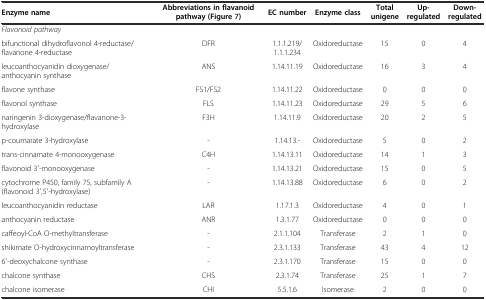
| Enzyme name | Abbreviations in flavanoid pathway (Figure7) | EC number | Enzyme class | Total unigene | Up-regulated | Down-regulated |
 | --- | --- | --- | --- | --- | --- | --- |
 | Flavonoid pathway |  |  |  |  |  |  |
 | bifunctional dihydroflavonol 4-reductase/flavanone 4-reductase | DFR | 1.1.1.219/ 1.1.1.234 | Oxidoreductase | 15 | 0 | 4 |
 | leucoanthocyanidin dioxygenase/ anthocyanin synthase | ANS | 1.14.11.19 | Oxidoreductase | 16 | 3 | 4 |
 | flavone synthase | FS1/FS2 | 1.14.11.22 | Oxidoreductase | 0 | 0 | 0 |
 | flavonol synthase | FLS | 1.14.11.23 | Oxidoreductase | 29 | 5 | 6 |
 | naringenin 3-dioxygenase/flavanone-3-hydroxylase | F3H | 1.14.11.9 | Oxidoreductase | 20 | 2 | 5 |
 | p-coumarate 3-hydroxylase | - | 1.14.13.- | Oxidoreductase | 5 | 0 | 2 |
 | trans-cinnamate 4-monooxygenase | C4H | 1.14.13.11 | Oxidoreductase | 14 | 1 | 3 |
 | flavonoid 3′-monooxygenase | - | 1.14.13.21 | Oxidoreductase | 15 | 0 | 5 |
 | cytochrome P450, family 75, subfamily A (flavonoid 3′,5′-hydroxylase) | - | 1.14.13.88 | Oxidoreductase | 6 | 0 | 2 |
 | leucoanthocyanidin reductase | LAR | 1.17.1.3 | Oxidoreductase | 4 | 0 | 1 |
 | anthocyanin reductase | ANR | 1.3.1.77 | Oxidoreductase | 0 | 0 | 0 |
 | caffeoyl-CoA O-methyltransferase | - | 2.1.1.104 | Transferase | 2 | 1 | 0 |
 | shikimate O-hydroxycinnamoyltransferase | - | 2.3.1.133 | Transferase | 43 | 4 | 12 |
 | 6′-deoxychalcone synthase | - | 2.3.1.170 | Transferase | 15 | 0 | 0 |
 | chalcone synthase | CHS | 2.3.1.74 | Transferase | 25 | 1 | 7 |
 | chalcone isomerase | CHI | 5.5.1.6 | Isomerase | 2 | 0 | 0 |